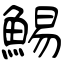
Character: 鯣